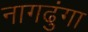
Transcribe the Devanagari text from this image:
नागढुंगा